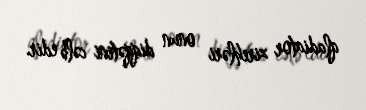
qladiator zirehləri onun diqqətini cəlb edir.